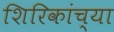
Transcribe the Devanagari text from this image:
शिरिकांच्या